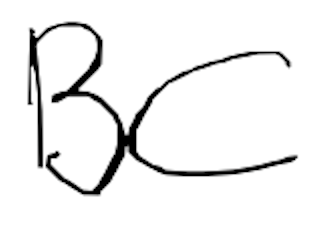
Text: BC
Cross-out: clean
Writing tool: digital_black